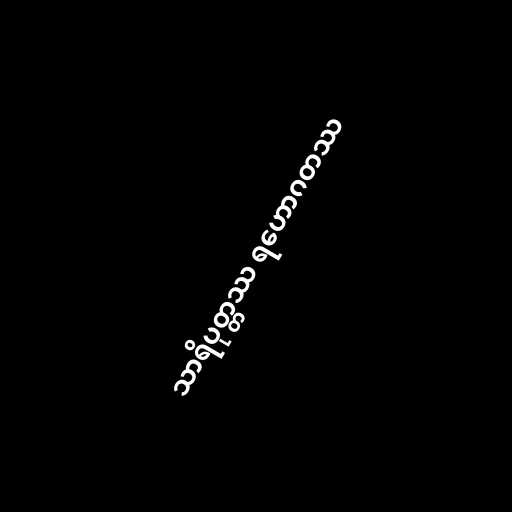
သာရိပုတ္တဿ ရဟောဂတဿ